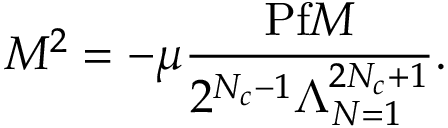
M ^ { 2 } = - \mu \frac { \mathrm { P f } M } { 2 ^ { N _ { c } - 1 } \Lambda _ { N = 1 } ^ { 2 N _ { c } + 1 } } .